Lunatic asylums in Bengal annual reports 1899-1911 - 1899-1911
Year: 1899
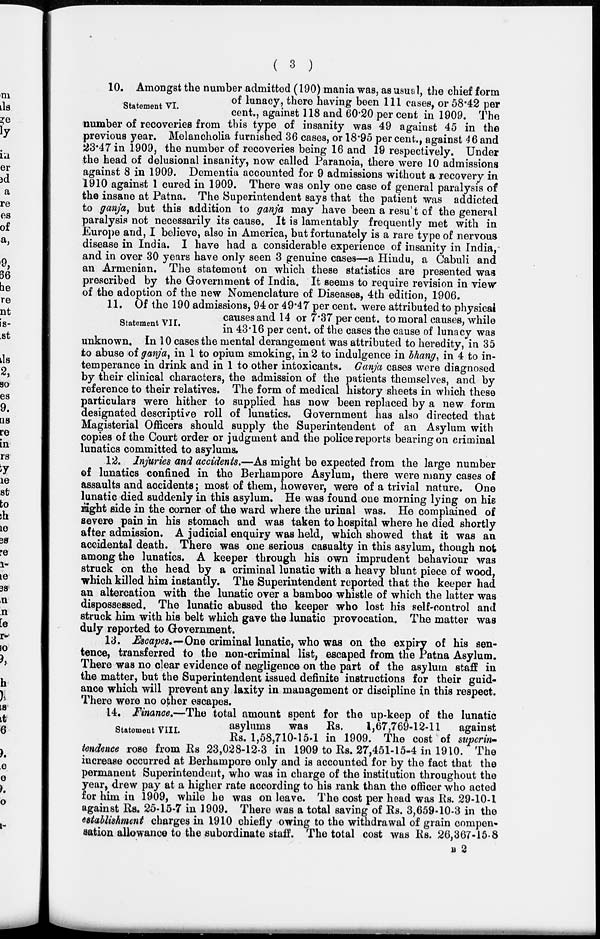
( 3 )
Statement VI.
10. Amongst the number admitted (190) mania was, as usual, the chief form
of lunacy, there having been 111 cases, or 58.42 per
cent., against 118 and 60.20 per cent in 1909. The
number of recoveries from this type of insanity was 49 against 45 in the
previous year. Melancholia furnished 36 cases, or 18.95 per cent., against 46 and
23.47in 1909, the number of recoveries being 16 and 19 respectively. Under
the head of delusional insanity, now called Paranoia, there were 10 admissions
against 8 in 1909. Dementia accounted for 9 admissions without a recovery in
1910 against 1 cured in 1909. There was only one case of general paralysis of
the insane at Patna. The Superintendent says that the patient was addicted
to ganja, but this addition to ganja may have been a result of the general
paralysis not necessarily its cause. It is lamentably frequently met with in
Europe and, I believe, also in America, but fortunately is a rare type of nervous
disease in India. I have had a considerable experience of insanity in India,
and in over 30 years have only seen 3 genuine cases—a Hindu, a Cabuli and
an Armenian. The statement on which these statistics are presented was
prescribed by the Government of India. It seems to require revision in view
of the adoption of the new Nomenclature of Diseases, 4th edition, 1906.
Statement VII.
11. Of the 190 admissions, 94 or 49.47 per cent. were attributed to physical
causes and 14 or 7.37 per cent. to moral causes, while
in 43.16 per cent. of the cases the cause of lunacy was
unknown. In 10 cases the mental derangement was attributed to heredity, in 35
to abuse of ganja, in 1 to opium smoking, in 2 to indulgence in bhang, in 4 to in-
temperance in drink and in 1 to other intoxicants. Ganja cases were diagnosed
by their clinical characters, the admission of the patients themselves, and by
reference to their relatives. The form of medical history sheets in which these
particulars were hither to supplied has now been replaced by a new form
designated descriptive roll of lunatics. Government has also directed that
Magisterial Officers should supply the Superintendent of an Asylum with
copies of the Court order or judgment and the police reports bearing on criminal
lunatics committed to asylums.
12. Injuries and accidents.—As might be expected from the large number
of lunatics confined in the Berhampore Asylum, there were many cases of
assaults and accidents; most of them, however, were of a trivial nature. One
lunatic died suddenly in this asylum. He was found one morning lying on his
right side in the corner of the ward where the urinal was. He complained of
severe pain in his stomach and was taken to hospital where he died shortly
after admission. A judicial enquiry was held, which showed that it was an
accidental death. There was one serious casualty in this asylum, though not
among the lunatics. A keeper through his own imprudent behaviour was
struck on the head by a criminal lunatic with a heavy blunt piece of wood,
which killed him instantly. The Superintendent reported that the keeper had
an altercation with the lunatic over a bamboo whistle of which the latter was
dispossessed. The lunatic abused the keeper who lost his self-control and
struck him with his belt which gave the lunatic provocation. The matter was
duly reported to Government.
13. Escapes.—One criminal lunatic, who was on the expiry of his sen-
tence, transferred to the non-criminal list, escaped from the Patna Asylum.
There was no clear evidence of negligence on the part of the asylum staff in
the matter, but the Superintendent issued definite instructions for their guid-
ance which will prevent any laxity in management or discipline in this respect.
There were no other escapes.
Statement VIII.
14. Finance.— The total amount spent for the up-keep of the lunatic
asylums
was
Rs.
1,67,769-12-11
against
Rs. 1,58,710-15-1 in 1909. The cost of superin-
tendence rose from Rs. 23,028-12-3 in 1909 to Rs. 27,451-15-4 in 1910. The
increase occurred at Berhampore only and is accounted for by the fact that the
permanent Superintendent, who was in charge of the institution throughout the
year, drew pay at a higher rate according to his rank than the officer who acted
for him in 1909, while he was on leave. The cost per head was Rs. 29-10-1
against Rs. 25-15-7 in 1909. There was a total saving of Rs. 3,659-10-3 in the
establishment charges in 1910 chiefly owing to the withdrawal of grain compen-
sation allowance to the subordinate staff. The total cost was Rs. 26,367-15-8
B 2